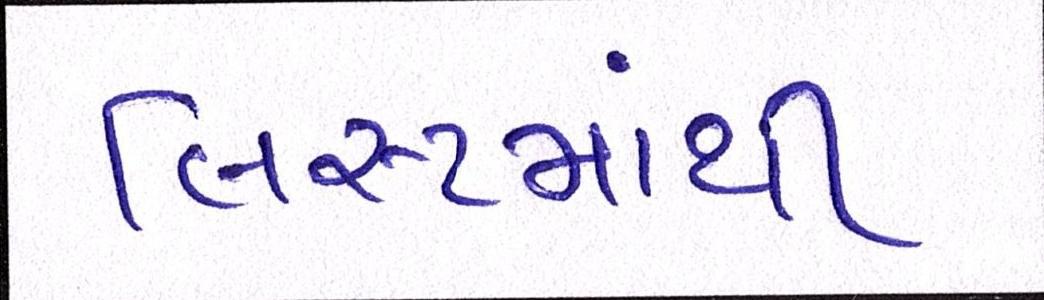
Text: લિસ્ટમાંથી